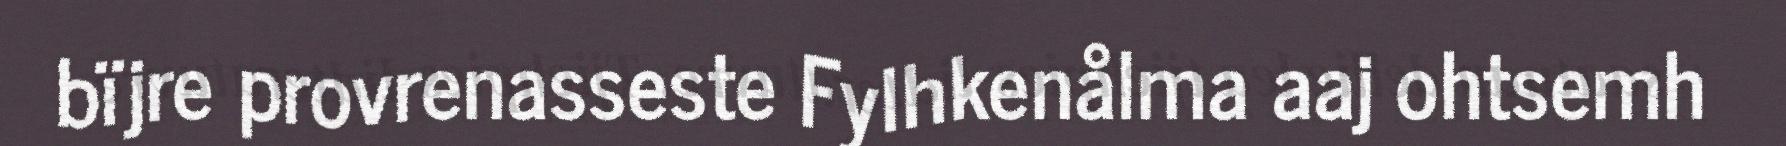
bïjre provrenasseste Fylhkenålma aaj ohtsemh